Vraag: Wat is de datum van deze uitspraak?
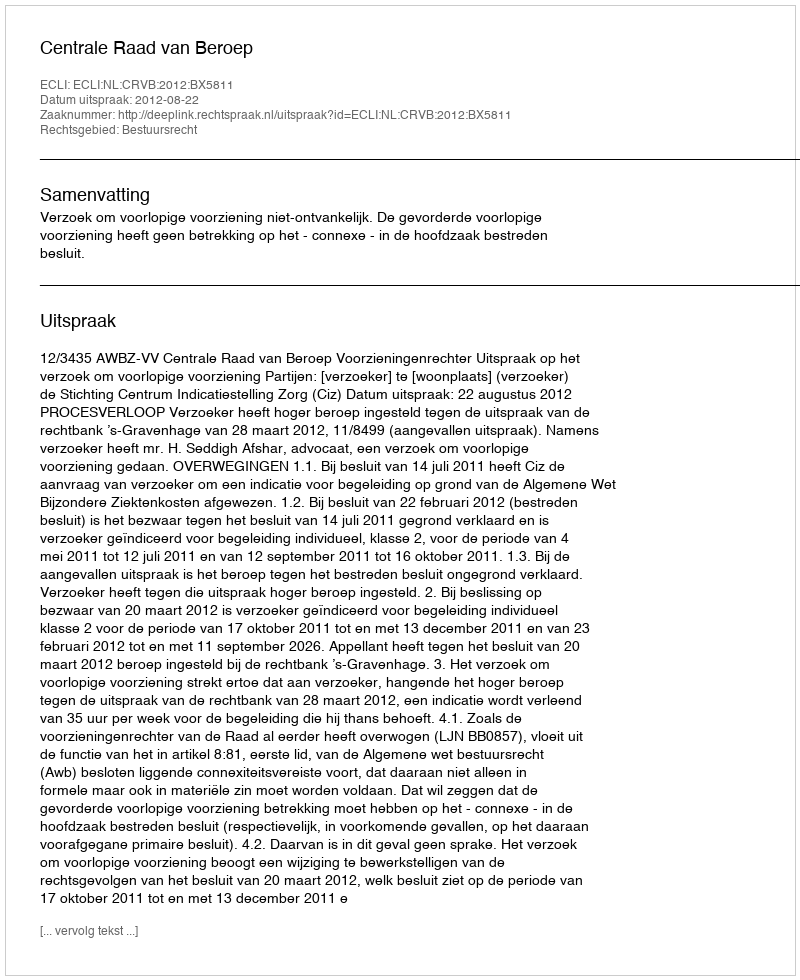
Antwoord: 2012-08-22